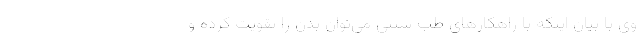
وی با بیان اینکه با راهکارهای طب سنتی می‌توان بدن را تقویت کرده و